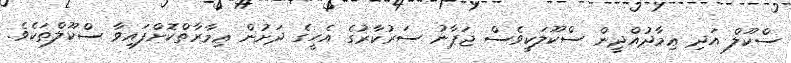
ސްކޫލް އަދި ޢިމާދުއްދީން ސްކޫލަކީވެސް ޖަޕާނު ސަރުކާރުގެ އެހީގެ ދަށުން ޢިމާރާތްކޮށްފައިވާ ސްކޫލްތަކެވެ.